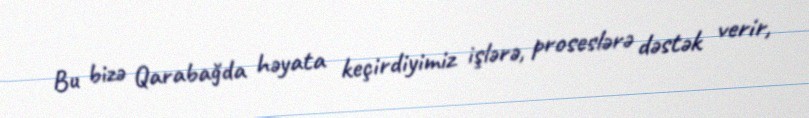
Bu bizə Qarabağda həyata keçirdiyimiz işlərə, proseslərə dəstək verir,